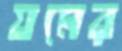
যমের